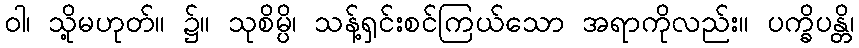
ဝါ၊ သို့မဟုတ်။ ၌။ သုစိမ္ပိ၊ သန့်ရှင်းစင်ကြယ်သော အရာကိုလည်း။ ပက္ခိပန္တိ၊